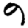
Digit: 9